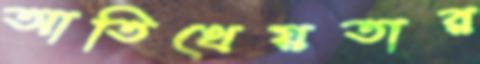
আতিথেয়তার